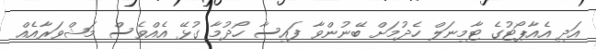
އަދި އެއާޕޯޓުގެ ޓާމިނަލް ހެދުމަށް ބޭނުންވާ ފައިސާ ހޯދުމާ ގުޅޭ އެއްވެސް މަޝްވަރާއެއް